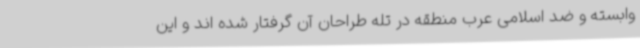
وابسته و ضد اسلامی عرب منطقه در تله طراحان آن گرفتار شده اند و این